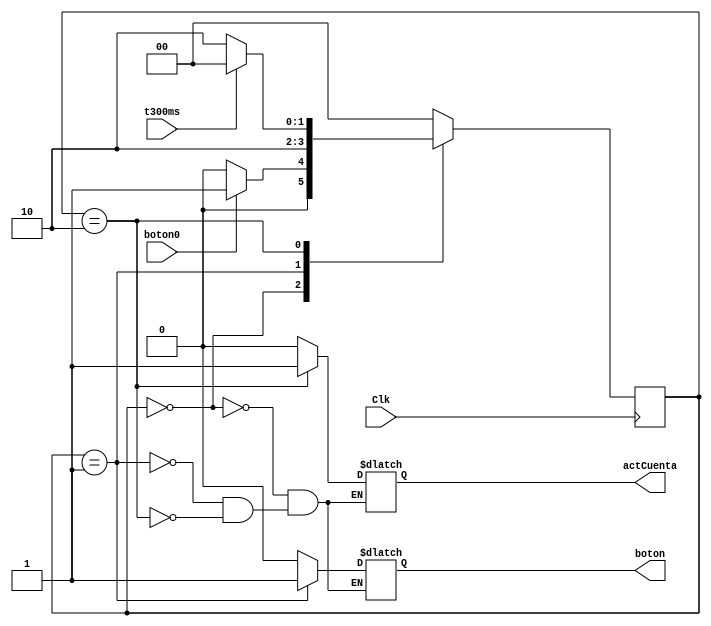
`timescale 1ns / 1ps
//////////////////////////////////////////////////////////////////////////////////
// Company: 
// Engineer: 
// 
// Design Name: 
// Module Name:    Antirrebotes 
// Project Name: 
// Target Devices: 
// Tool versions: 
// Description: 
//
// Dependencies: 
//
// Revision: 
// Revision 0.01 - File Created
// Additional Comments: 
//
//////////////////////////////////////////////////////////////////////////////////
module Antirrebotes(
    input boton0,
    input Clk,
	 input t300ms,
	 output reg actCuenta,
    output reg boton
    );

reg [1:0] state,next_state;

always@*
begin
case(state)
    0:begin
	    actCuenta = 0;
		 boton = 0;
	    if(boton0 == 1)
		    next_state = 1;
		 else 
		    next_state = 0;
		end
	 1:begin
	    actCuenta = 0;
		 boton = 1;
		 next_state = 2;
		end
	 2:begin
	    actCuenta = 1;
		 boton = 0;
	    if(t300ms == 1)
          next_state = 0;
       else 
          next_state = 2;
      end
    default:next_state = 0;
endcase	 
end
always@(negedge Clk) state <= next_state;
endmodule